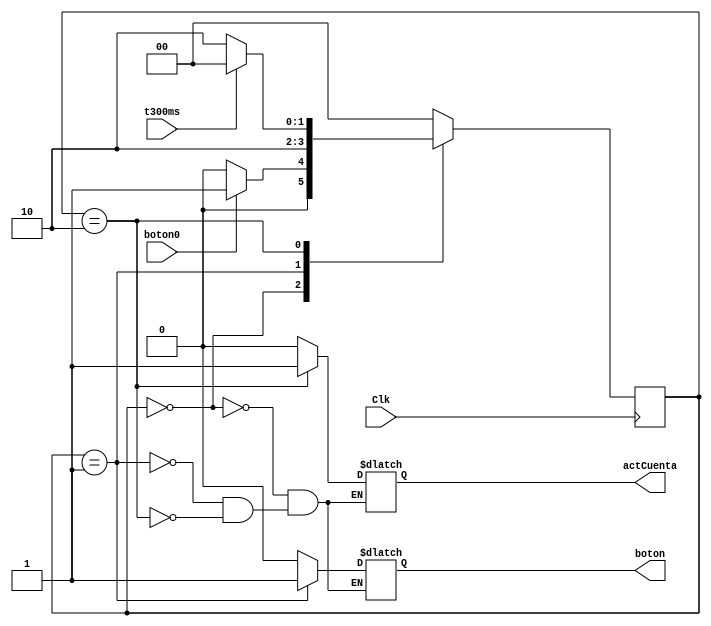
`timescale 1ns / 1ps
//////////////////////////////////////////////////////////////////////////////////
// Company: 
// Engineer: 
// 
// Design Name: 
// Module Name:    Antirrebotes 
// Project Name: 
// Target Devices: 
// Tool versions: 
// Description: 
//
// Dependencies: 
//
// Revision: 
// Revision 0.01 - File Created
// Additional Comments: 
//
//////////////////////////////////////////////////////////////////////////////////
module Antirrebotes(
    input boton0,
    input Clk,
	 input t300ms,
	 output reg actCuenta,
    output reg boton
    );

reg [1:0] state,next_state;

always@*
begin
case(state)
    0:begin
	    actCuenta = 0;
		 boton = 0;
	    if(boton0 == 1)
		    next_state = 1;
		 else 
		    next_state = 0;
		end
	 1:begin
	    actCuenta = 0;
		 boton = 1;
		 next_state = 2;
		end
	 2:begin
	    actCuenta = 1;
		 boton = 0;
	    if(t300ms == 1)
          next_state = 0;
       else 
          next_state = 2;
      end
    default:next_state = 0;
endcase	 
end
always@(negedge Clk) state <= next_state;
endmodule